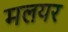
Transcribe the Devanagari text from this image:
मलयर